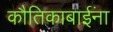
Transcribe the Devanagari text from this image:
कौतिकाबाईंना